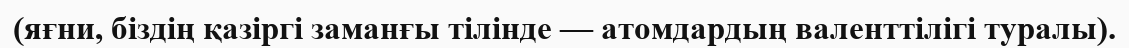
(яғни, біздің қазіргі заманғы тілінде — атомдардың валенттілігі туралы).